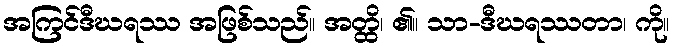
အကြင်ဒီဃရဿ အဖြစ်သည်။ အတ္ထိ၊ ၏။ သာ-ဒီဃရဿတာ၊ ကို။